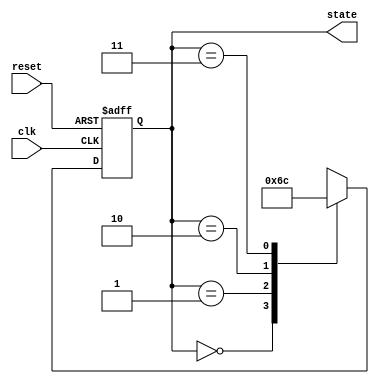
module PreConfiguredStateInitialization (
    input wire reset,      // Active-high reset signal
    input wire clk,        // Clock signal
    output reg [1:0] state // State output (2-bit for example)
);

// Define states
localparam S0 = 2'b00; // Initial state
localparam S1 = 2'b01; // Example state 1
localparam S2 = 2'b10; // Example state 2
localparam S3 = 2'b11; // Example state 3

// State initialization and transition logic
always @(posedge clk or posedge reset) begin
    if (reset) begin
        // On reset, initialize to the predefined state
        state <= S0; // Set to initial state
    end else begin
        // State transition logic (example)
        case (state)
            S0: state <= S1; // Transition from S0 to S1
            S1: state <= S2; // Transition from S1 to S2
            S2: state <= S3; // Transition from S2 to S3
            S3: state <= S0; // Transition from S3 back to S0
            default: state <= S0; // Default to initial state
        endcase
    end
end

endmodule